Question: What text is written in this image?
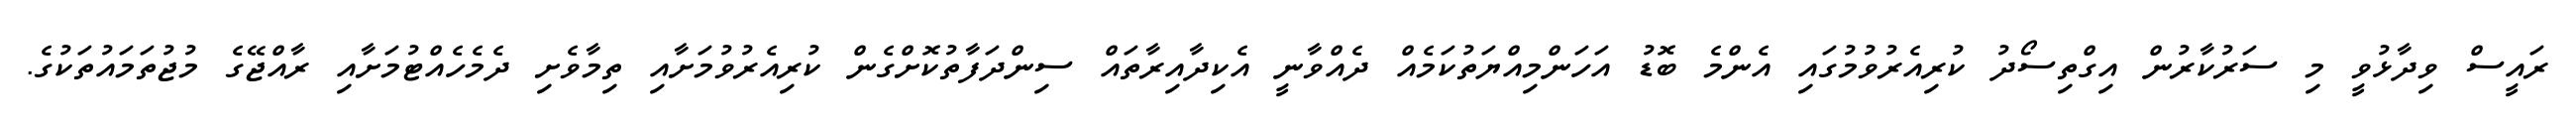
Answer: ރައީސް ވިދާޅުވީ މި ސަރުކާރުން އިގްތިސޯދު ކުރިއެރުވުމުގައި އެންމެ ބޮޑު އަހަންމިއްޔަތުކަމެއް ދެއްވާނީ އެކިދާއިރާތައް ސިންދަފާތުކޮށްގެން ކުރިއެރުވުމަށާއި ތިމާވެށި ދެމެހެއްޓުމަށާއި ރާއްޖޭގެ މުޖުތަމައުތަކުގެ.